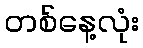
တစ်နေ့လုံး